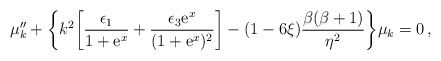
\begin{align*} \mu _k''+\biggl\{k^2\biggl[\frac{\epsilon _1} {1+{\rm e}^{x}} +\frac{\epsilon_3{\rm e}^{x}}{ (1+{\rm e}^{x})^2}\biggr]-(1-6\xi )\frac{\beta(\beta+1)}{\eta ^2}\biggr\}\mu _k=0\, ,\end{align*}